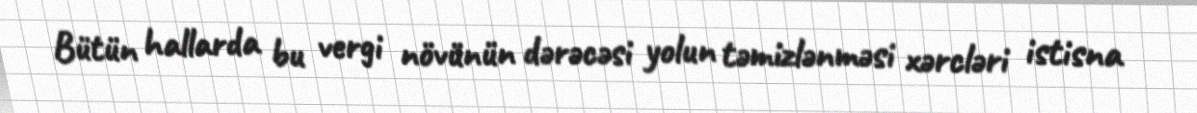
Bütün hallarda bu vergi növünün dərəcəsi yolun təmizlənməsi xərcləri istisna